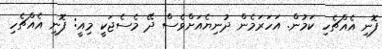
ފޮނި އެއްޗެހި ކަމުން. އަހަރަމެން ދުނިޔެއަށްވެސް ދޭ މެސެޖަކީ މިއީ: ފޮނި އެއްޗެހި